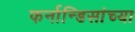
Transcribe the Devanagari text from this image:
फर्नान्डिसांच्या